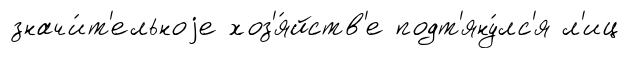
значи́т'ельноjе хоз'я́йств'е подт'яну́лс'я л'иц